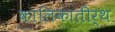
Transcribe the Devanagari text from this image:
कालिकातीर्थ